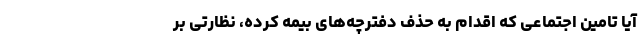
آیا تامین اجتماعی که اقدام به حذف دفترچه‌های بیمه کرده، نظارتی بر